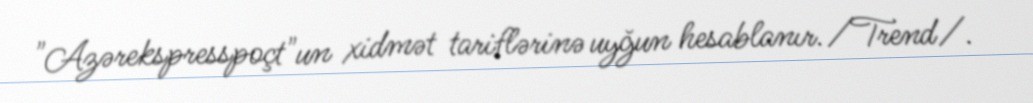
"Azərekspresspoçt"un xidmət tariflərinə uyğun hesablanır./Trend/.